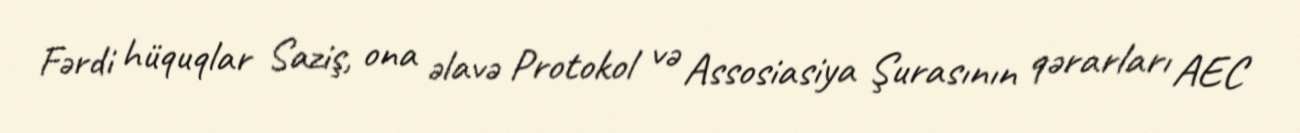
Fərdi hüquqlar Saziş, ona əlavə Protokol və Assosiasiya Şurasının qərarları AEC